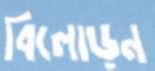
বিলোড়ন